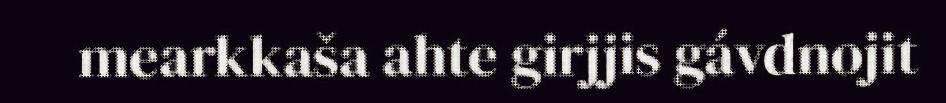
mearkkaša ahte girjjis gávdnojit